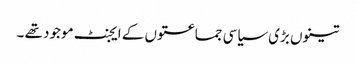
تینوں بڑی سیاسی جماعتوں کے ایجنٹ موجود تھے ۔